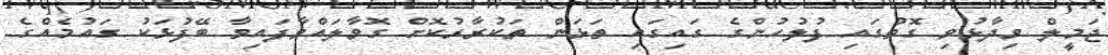
ޖަމީލް ވިދާޅުވި ގޮތުގައި ފުލުހުންގެ ގައިގައި ތަޅަން ތަކުރާރުކޮށް ގޮވާލައްވާފައިވާ ބޭފުޅަކު ގައުމެއްގެ